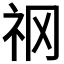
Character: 𥘝